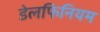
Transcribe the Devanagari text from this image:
डेलफिनियम